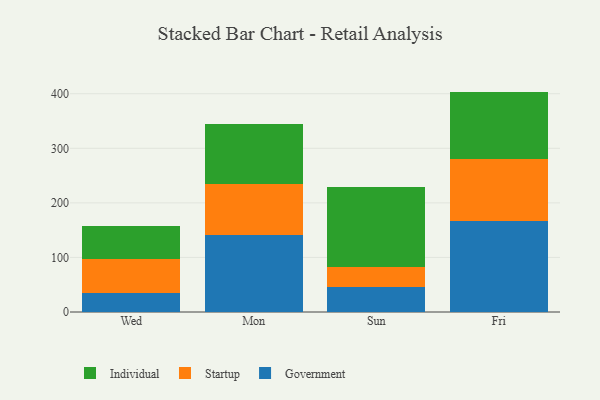
{"axis": {"x": "Day", "y": "Active Users"}, "legend": ["Government", "Individual", "Startup"], "data": [{"x": "Wed", "y": 35.5, "type": "Government"}, {"x": "Wed", "y": 61.6, "type": "Startup"}, {"x": "Wed", "y": 60.0, "type": "Individual"}, {"x": "Mon", "y": 140.5, "type": "Government"}, {"x": "Mon", "y": 94.6, "type": "Startup"}, {"x": "Mon", "y": 108.9, "type": "Individual"}, {"x": "Sun", "y": 45.7, "type": "Government"}, {"x": "Sun", "y": 37.0, "type": "Startup"}, {"x": "Sun", "y": 145.7, "type": "Individual"}, {"x": "Fri", "y": 166.3, "type": "Government"}, {"x": "Fri", "y": 113.3, "type": "Startup"}, {"x": "Fri", "y": 124.3, "type": "Individual"}]}